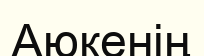
Аюкенің